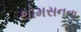
થોમસનના